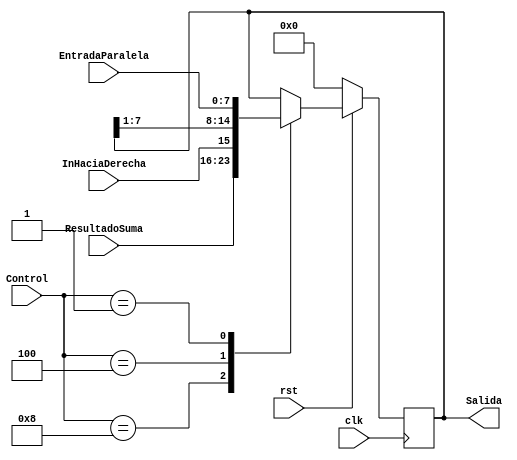
`timescale 1ns/1ps

module RegistroUniversal #(parameter ANCHO=8)(
	input clk, rst,
  	input [3:0] Control,
	input InHaciaDerecha, //Primer bit de la suma o Ultimo bit del registro A
	input [ANCHO-1:0] ResultadoSuma,
	input [ANCHO-1:0] EntradaParalela,
	output reg [ANCHO-1:0] Salida
);
reg [ANCHO-1:0]state,next_state;
parameter Memoria=4'b0000;
parameter Add_regs=4'b1000,Shift_regs=4'b0100;
parameter Decr_P=4'b0010, Load_regs=4'b0001; 
//memoria
always @(negedge clk) begin
	if(!rst) state<=0;
	else state<=next_state;
end

//siguiente estado
if(ANCHO==8) begin
	always @(*) begin
		case(Control)
          Memoria: next_state=state;
          Add_regs: next_state=ResultadoSuma; //memoria, se mantiene el dato
          Shift_regs: next_state={InHaciaDerecha,state[ANCHO-1:1]};
          Decr_P: next_state=state;
          Load_regs: next_state=EntradaParalela;
          default:next_state=state;
		endcase
	end
end
else begin	
	always @(*) begin
		case(Control)
          	Memoria:next_state=state;
        	Add_regs: next_state=state; //memoria, se mantiene el dato
            Shift_regs: next_state=state;
            Decr_P: next_state=state-1'b1;
            Load_regs: next_state=EntradaParalela;
            default:next_state=state;
        endcase
	end
end

//salidas
always @(*) begin
	Salida=state;
end
endmodule